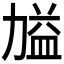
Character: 𭄷